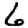
Digit: 6